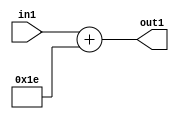
`timescale 1ps / 1ps
/*****************************************************************************
    Verilog RTL Description
    
    
    Created by: Stratus DpOpt 21.05.01 
*******************************************************************************/

module SobelFilter_Add_6U_34_4 (
	in1,
	out1
	); /* architecture "behavioural" */ 
input [4:0] in1;
output [5:0] out1;
wire [5:0] asc001;

assign asc001 = 
	+(in1)
	+(6'B011110);

assign out1 = asc001;
endmodule

/* CADENCE  urnwTQs= : u9/ySxbfrwZIxEzHVQQV8Q== ** DO NOT EDIT THIS LINE ******/